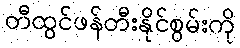
တီထွင်ဖန်တီးနိုင်စွမ်းကို